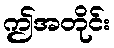
ဤအတိုင်း